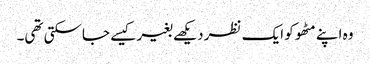
وہ اپنے مٹھو کو ایک نظر دیکھے بغیر کیسے جاسکتی تھی۔